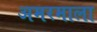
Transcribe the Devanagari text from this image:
अमरमाला